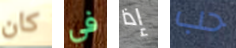
كان في إذا حب